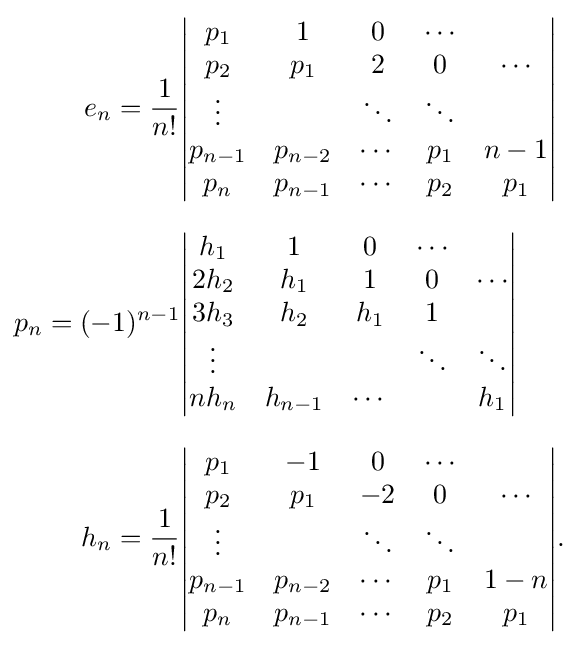
{\begin{aligned}e_{n}={\frac {1}{n!}}&{\begin{vmatrix}p_{1}&1&0&\cdots \\p_{2}&p_{1}&2&0&\cdots \\\vdots &&\ddots &\ddots \\p_{n-1}&p_{n-2}&\cdots &p_{1}&n-1\\p_{n}&p_{n-1}&\cdots &p_{2}&p_{1}\end{vmatrix}}\\[7pt]p_{n}=(-1)^{n-1}&{\begin{vmatrix}h_{1}&1&0&\cdots \\2h_{2}&h_{1}&1&0&\cdots \\3h_{3}&h_{2}&h_{1}&1\\\vdots &&&\ddots &\ddots \\nh_{n}&h_{n-1}&\cdots &&h_{1}\end{vmatrix}}\\[7pt]h_{n}={\frac {1}{n!}}&{\begin{vmatrix}p_{1}&-1&0&\cdots \\p_{2}&p_{1}&-2&0&\cdots \\\vdots &&\ddots &\ddots \\p_{n-1}&p_{n-2}&\cdots &p_{1}&1-n\\p_{n}&p_{n-1}&\cdots &p_{2}&p_{1}\end{vmatrix}}.\end{aligned}}